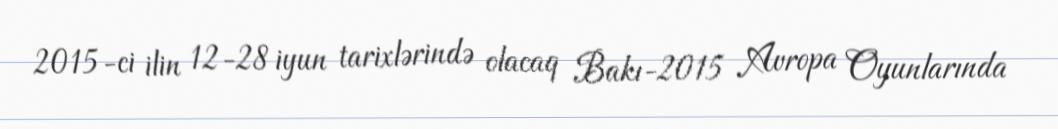
2015-ci ilin 12-28 iyun tarixlərində olacaq Bakı-2015 Avropa Oyunlarında